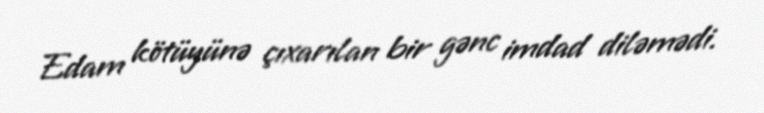
Edam kötüyünə çıxarılan bir gənc imdad diləmədi.